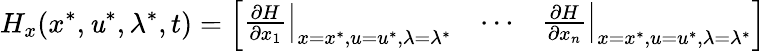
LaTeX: H_{x}(x^{*},\mathit{u}^{*},\lambda^{*},t)={\left[\begin{array}{lll}{\left.{\frac{\partial H}{\partial x_{1}}}\right|_{x=x^{*},u=u^{*},\lambda=\lambda^{*}}}&{\cdots}&{\left.{\frac{\partial H}{\partial x_{n}}}\right|_{x=x^{*},u=u^{*},\lambda=\lambda^{*}}}\end{array}\right]}